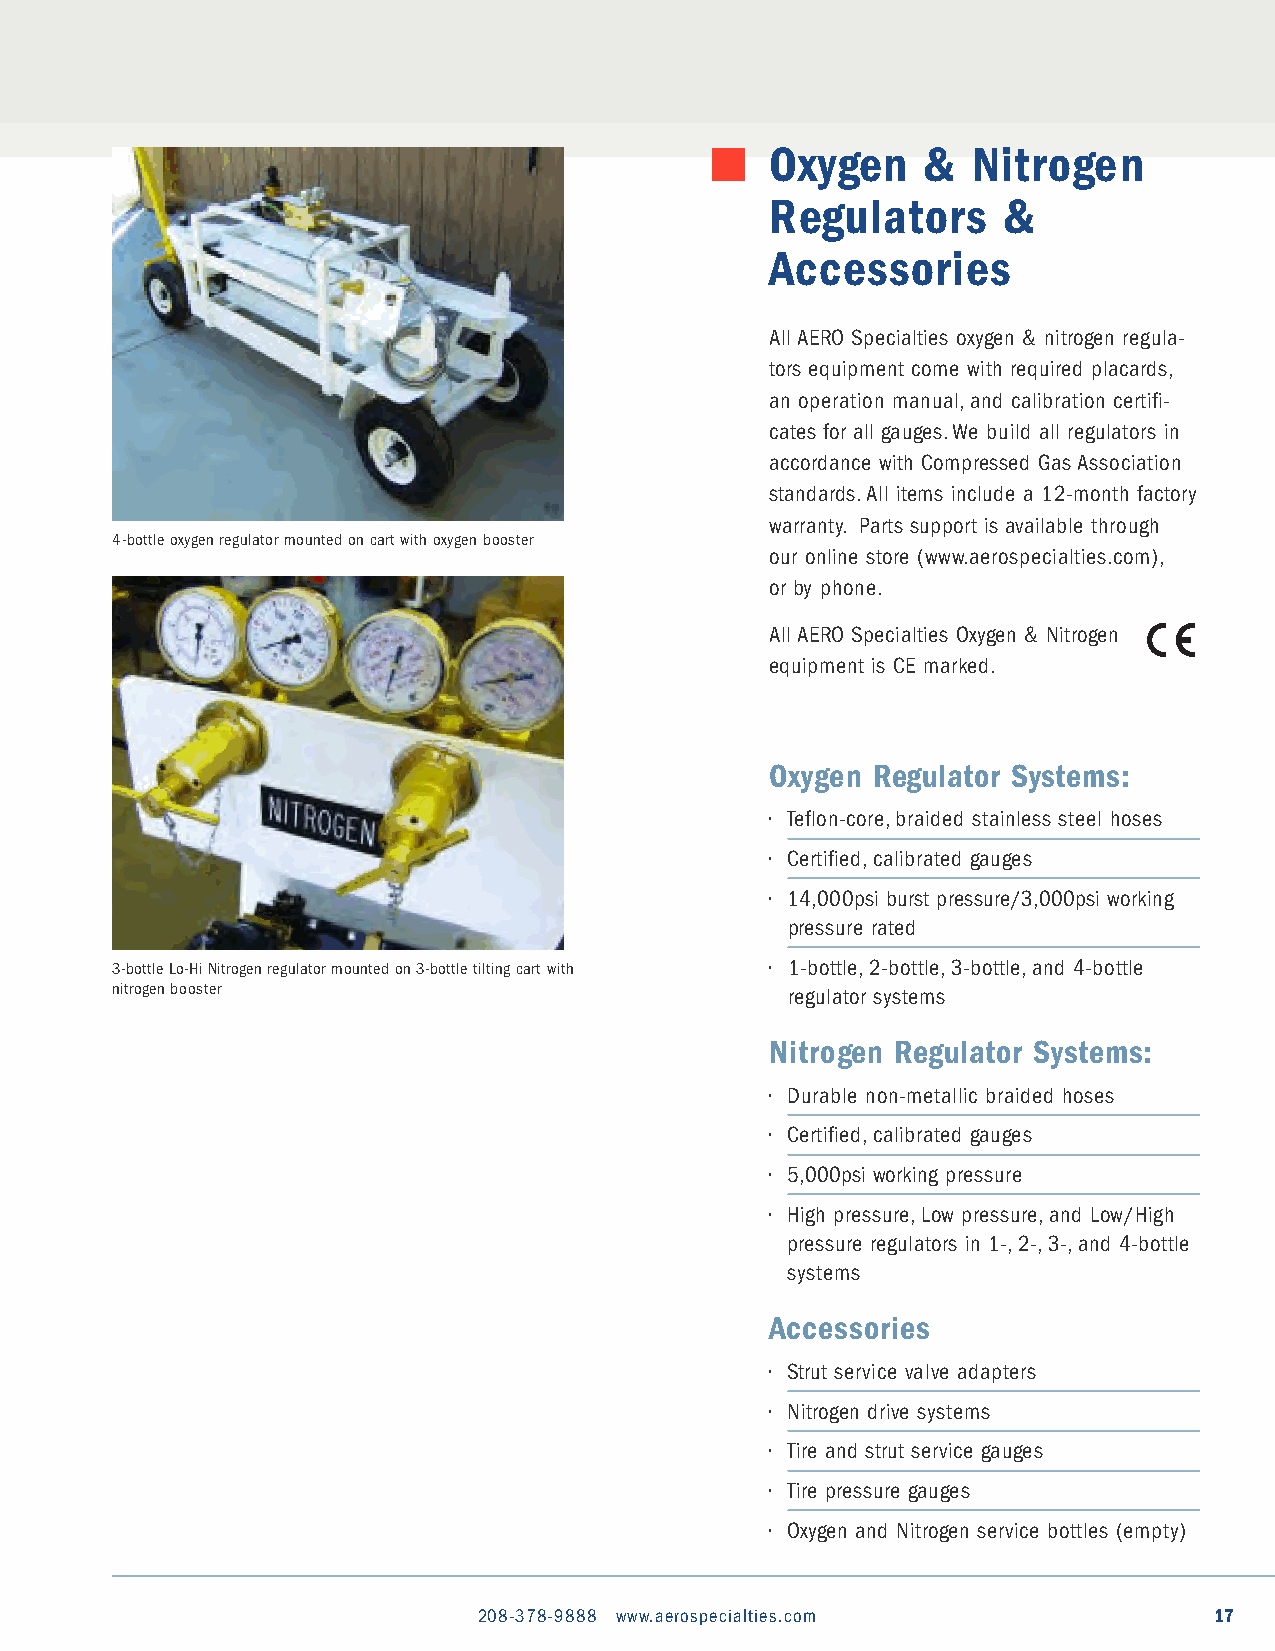
Oxygen    &  Nitrogen
 Regulators     &
 Accessories
 All AERO Specialties oxygen & nitrogen regula-
 tors equipment come with required placards,
 an operation manual,and calibration certifi-
 cates for all gauges.We build all regulators in
 accordance with Compressed Gas Association
 standards.All items include a 12-month factory
 warranty. Parts support is available through
 4-bottle oxygen regulator mounted on cart with oxygen booster
 our online store (www.aerospecialties.com),
 or by phone.
 All AERO Specialties Oxygen & Nitrogen
 equipment is CE marked.
 Oxygen Regulator Systems:
 • Teflon-core,braided stainless steel hoses
 • Certified,calibrated gauges
 • 14,000psi burst pressure/3,000psi working
 pressure rated
 3-bottle Lo-Hi Nitrogen regulator mounted on 3-bottle tilting cart with • 1-bottle,2-bottle,3-bottle,and 4-bottle
 nitrogen booster                             regulator systems
 Nitrogen Regulator Systems:
 • Durable non-metallic braided hoses
 • Certified,calibrated gauges
 • 5,000psi working pressure
 • High pressure,Low pressure,and Low/High
 pressure regulators in 1-,2-,3-,and 4-bottle
 systems
 Accessories
 • Strut service valve adapters
 • Nitrogen drive systems
 • Tire and strut service gauges
 • Tire pressure gauges
 • Oxygen and Nitrogen service bottles (empty)
 208-378-9888 www.aerospecialties.com            17